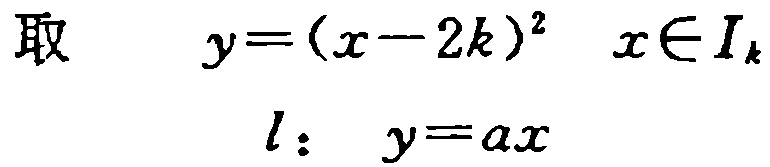
取 \(\quad y=(x - 2k)^2\quad x\in I_{k}\)
\(\quad l:\quad y = ax\)